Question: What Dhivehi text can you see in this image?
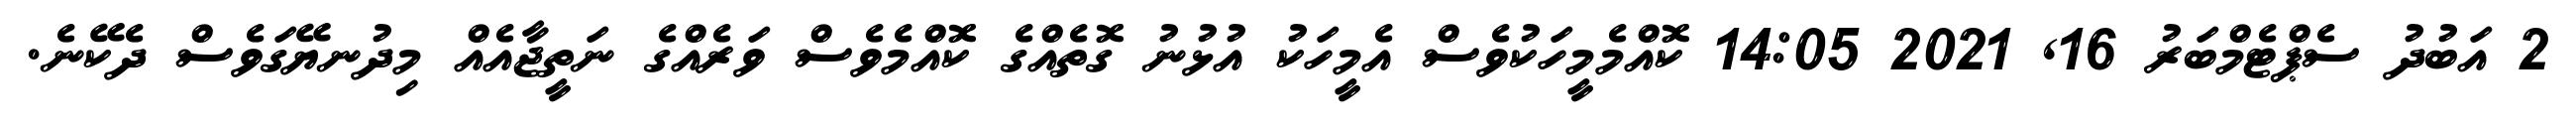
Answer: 2 އަބުދު ސެޕްޓެމްބަރު 16, 2021 14:05 ކޮއްމެމީހަކުވެސް އެމީހަކު އުޅުނު ގޮތެއްގެ ކޮއްމެވެސް ވަރެއްގެ ނަތީޖާއެއް މިދުނޔޭގަވެސް ދެކޭނެ.